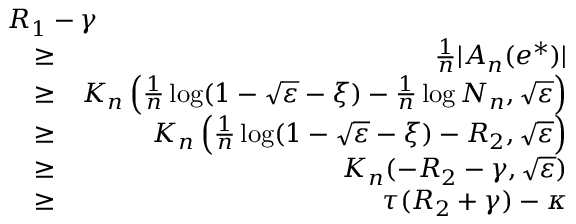
\begin{array} { r l r } { \lefteqn { R _ { 1 } - \gamma } } \\ & { \ge } & { \frac { 1 } { n } | { \cal A } _ { n } ( e ^ { * } ) | } \\ & { \ge } & { K _ { n } \left( \frac { 1 } { n } \log ( 1 - \sqrt { \varepsilon } - \xi ) - \frac { 1 } { n } \log N _ { n } , \sqrt { \varepsilon } \right) } \\ & { \ge } & { K _ { n } \left( \frac { 1 } { n } \log ( 1 - \sqrt { \varepsilon } - \xi ) - R _ { 2 } , \sqrt { \varepsilon } \right) } \\ & { \ge } & { K _ { n } ( - R _ { 2 } - \gamma , \sqrt { \varepsilon } ) } \\ & { \ge } & { \tau ( R _ { 2 } + \gamma ) - \kappa } \end{array}